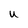
Character: U